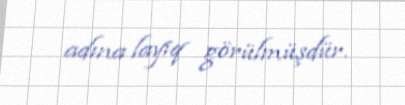
adına layiq görülmüşdür.